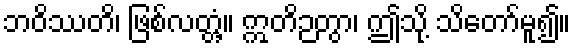
ဘဝိဿတိ၊ ဖြစ်လတ္တံ့။ ဣတိဉတွာ၊ ဤသို့ သိတော်မူ၍။